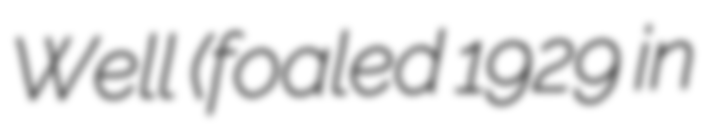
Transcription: Well (foaled 1929 in